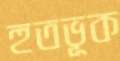
হুতভূক